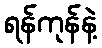
ရန်ကုန်နဲ့